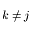
k \neq j